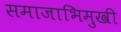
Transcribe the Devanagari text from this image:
समाजाभिमुखी